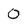
Character: O